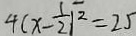
4 ( x - \frac { 1 } { 2 } ) ^ { 2 } = 2 5